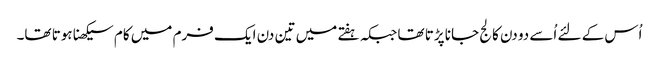
اُس کے لئے اُسے دو دن کالج جانا پڑتا تھا جبکہ ہفتے میں تین دن ایک فرم میں کام سیکھنا ہوتا تھا۔